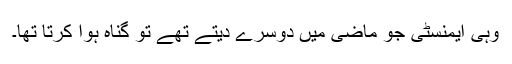
وہی ایمنسٹی جو ماضی میں دوسرے دیتے تھے تو گناہ ہوا کرتا تھا۔